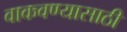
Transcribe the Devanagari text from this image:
वाकवण्यासाठी